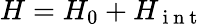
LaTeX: H=H_{0}+H_{\mathrm{~i~n~t~}}